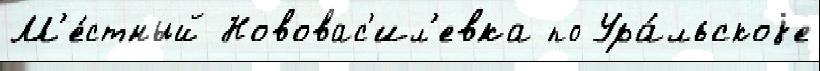
М'е́стный Нововас'ил'евка по Ура́льскоjе